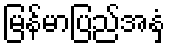
မြန်မာပြည်အနှံ့